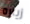
زياره